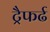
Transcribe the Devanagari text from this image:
ट्रैफर्ढ